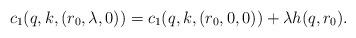
LaTeX: \begin{align*}c_1(q,k,(r_0,\lambda,0)) = c_1(q,k,(r_0,0,0)) + \lambda h(q,r_0).\end{align*}